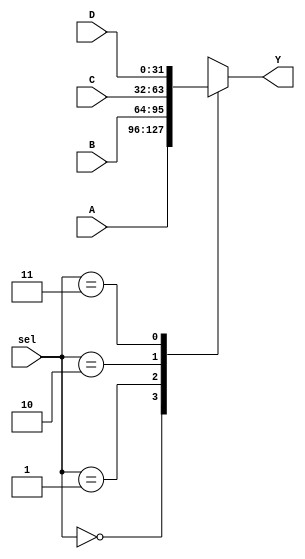
module nBit_4x1_mux #(parameter N = 32)(
    input [N-1:0] A, B, C, D, 
    input [1:0] sel, 
    output reg [N-1:0] Y
);

    always@(*) begin
        case(sel)
            2'b00: Y = A; 
            2'b01: Y = B; 
            2'b10: Y = C; 
            2'b11: Y = D; 
            default: Y = A; 
        endcase
    end
    
endmodule